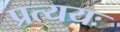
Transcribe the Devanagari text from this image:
प्रत्ययः